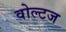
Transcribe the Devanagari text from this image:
वोल्टज